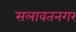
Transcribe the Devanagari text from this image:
सलावतनगर